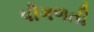
પીગળતી